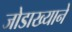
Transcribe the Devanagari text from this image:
जोडाख्याने